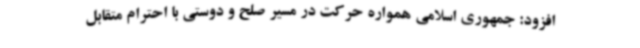
افزود: جمهوری اسلامی همواره حرکت در مسیر صلح و دوستی با احترام متقابل